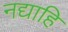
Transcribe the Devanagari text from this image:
नद्याहि